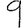
Digit: 9